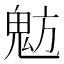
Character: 𩲠